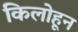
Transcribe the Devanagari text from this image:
किलोहून